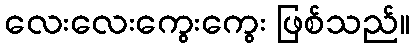
လေးလေးကွေးကွေး ဖြစ်သည်။